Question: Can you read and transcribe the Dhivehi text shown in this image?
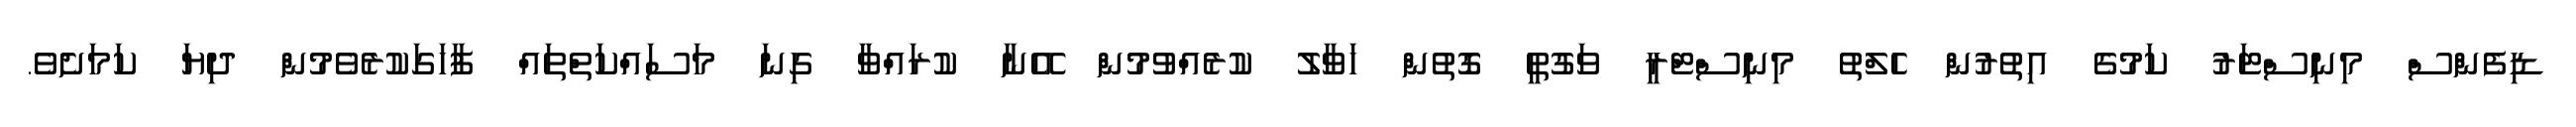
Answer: ޑިފެންސް މިނިސްޓަރު ކަމުގެ އިތުރުން ހެލްތު މިނިސްޓްރީ ވަގުތީ ގޮތުން ހަވާލު ކުރެއްވުމުން އޭނާ ކުރައްވާ ގިނަ މަސައްކަތްތައް ފާހަގަކުރެވެމުން ދިޔަ ކަމަށެވެ.